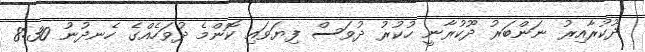
ދޫކުރާއިރު ނަންބަރު ދޫކުރާނީ ހުކުރު ދުވަސް ފިޔަވައި ކޮންމެ ދުވަހެއްގެ ހެނދުނު 8:30